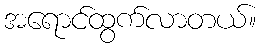
အရောင်ထွက်လာတယ်။